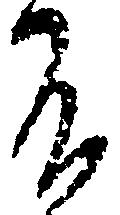
不